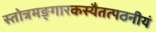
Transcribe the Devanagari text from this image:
स्तोत्रमङ्गारकस्यैतत्पठनीयं